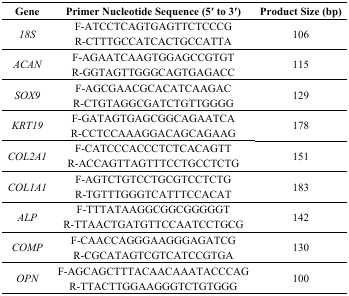
| Gene | Primer Nucleotide Sequence (5′ to 3′) | Product Size (bp) |
 | --- | --- | --- |
 | <ROWSPAN=2> 18S | F-ATCCTCAGTGAGTTCTCCCG | <ROWSPAN=2> 106 |
 | R-CTTTGCCATCACTGCCATTA |
 | <ROWSPAN=2> ACAN | F-AGAATCAAGTGGAGCCGTGT | <ROWSPAN=2> 115 |
 | R-GGTAGTTGGGCAGTGAGACC |
 | <ROWSPAN=2> SOX9 | F-AGCGAACGCACATCAAGAC | <ROWSPAN=2> 129 |
 | R-CTGTAGGCGATCTGTTGGGG |
 | <ROWSPAN=2> KRT19 | F-GATAGTGAGCGGCAGAATCA | <ROWSPAN=2> 178 |
 | R-CCTCCAAAGGACAGCAGAAG |
 | <ROWSPAN=2> COL2A1 | F-CATCCCACCCTCTCACAGTT | <ROWSPAN=2> 151 |
 | R-ACCAGTTAGTTTCCTGCCTCTG |
 | <ROWSPAN=2> COL1A1 | F-AGTCTGTCCTGCGTCCTCTG | <ROWSPAN=2> 183 |
 | R-TGTTTGGGTCATTTCCACAT |
 | <ROWSPAN=2> ALP | F-TTTATAAGGCGGCGGGGGT | <ROWSPAN=2> 142 |
 | R-TTAACTGATGTTCCAATCCTGCG |
 | <ROWSPAN=2> COMP | F-CAACCAGGGAAGGGAGATCG | <ROWSPAN=2> 130 |
 | R-CGCATAGTCGTCATCCGTGA |
 | <ROWSPAN=2> OPN | F-AGCAGCTTTACAACAAATACCCAG | <ROWSPAN=2> 100 |
 | R-TTACTTGGAAGGGTCTGTGGG |